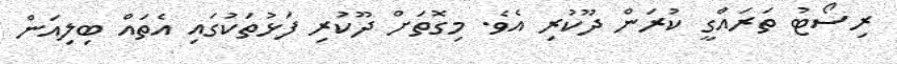
ރިސޯޓު ތަރައްގީ ކުރަން ދޫކުރި އެވެ. މިގޮތަށް ދޫކުރި ފަޅުތަކުގައި އެތައް ބިލިއަން